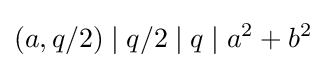
(a,q/2)\mid q/2\mid q\mid a^{2}+b^{2}